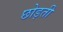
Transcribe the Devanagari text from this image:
छोड़तीं